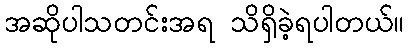
အဆိုပါသတင်းအရ သိရှိခဲ့ရပါတယ်။